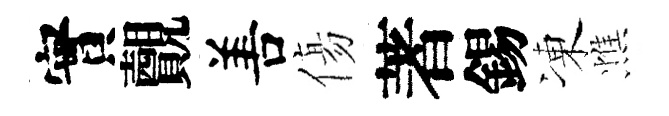
實覿𠵊傷著錫凍憔